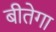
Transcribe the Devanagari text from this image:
बीतेगा